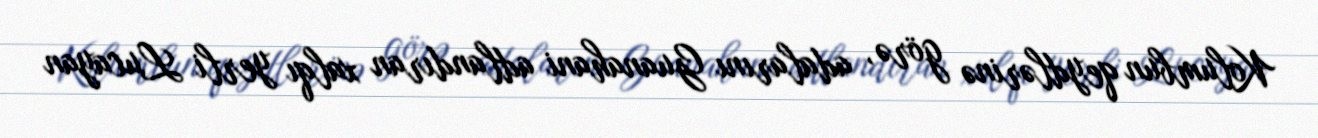
Kolumbun qeydlərinə görə, adalarını Guanahani adlandıran xalqı yerli Lucayan